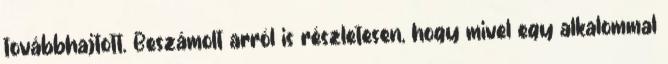
továbbhajtott. Beszámolt arról is részletesen, hogy mivel egy alkalommal